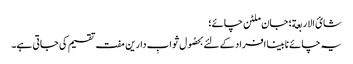
شائ الاربعة؛ جان ملٹن چائے؛
یہ چائے نابینا افراد کے لئے بحصُول ثوابِ دارین مفت تقسیم کی جاتی ہے۔